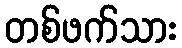
တစ်ဖက်သား